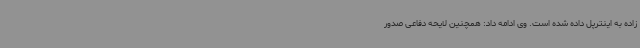
زاده به اینترپل داده شده است. وی ادامه داد: همچنین لایحه دفاعی صدور